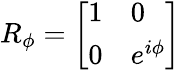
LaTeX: R_{\phi}={\left[\begin{array}{ll}{1}&{0}\\ {0}&{e^{i\phi}}\end{array}\right]}